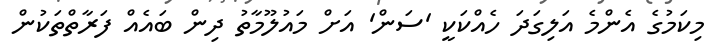
މިކަމުގެ އެންމެ އަލިގަދަ ހެއްކަކީ 'ސަން' އަށް މައުލޫމާތު ދިން ބައެއް ފަރާތްތަކުން